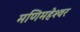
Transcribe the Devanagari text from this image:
मणिमहेश्‍वर